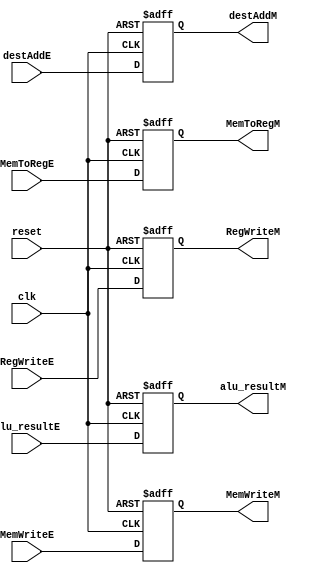
module MemoryRegister(
    input               clk, reset,
    input               MemWriteE, MemToRegE, RegWriteE,
    input       [3:0]   destAddE,
    input       [15:0]  alu_resultE,
    output reg  [3:0]   destAddM,
    output reg          MemWriteM, MemToRegM, RegWriteM,
    output reg  [15:0]  alu_resultM
);

always@(posedge clk or negedge reset)begin
    if(~reset)begin
        MemWriteM   <= 1'b0;
        MemToRegM   <= 1'b0;
        RegWriteM   <= 1'b0;
        alu_resultM <= 16'h0000;
        destAddM    <= 4'b0000;
    end
    else begin
        MemWriteM   <= MemWriteE;
        MemToRegM   <= MemToRegE;
        RegWriteM   <= RegWriteE;
        alu_resultM <= alu_resultE;
        destAddM    <= destAddE;
    end
end

endmodule